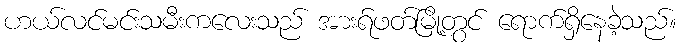
ဟယ်လင်မင်းသမီးကလေးသည် အားရ်ဖတ်မြို့တွင် ရောက်ရှိနေခဲ့သည်။